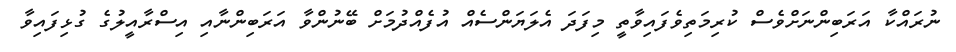
ނުރައްކާ އަރަބިންނަށްވެސް ކުރިމަތިވެފައިވާތީ މިފަދަ އެލަޔަންސެއް އުފެއްދުމަށް ބޭނުންވާ އަރަބިންނާއި އިސްރާއީލުގެ ގުޅިފައިވާ